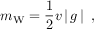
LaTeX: m _ { \mathrm { W } } = { \frac { 1 } { 2 } } v \left| \, g \, \right| \ ,